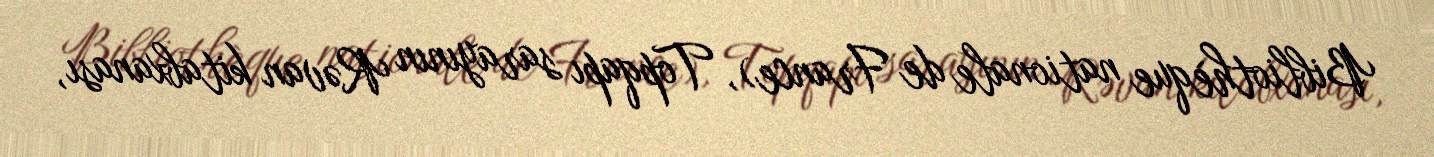
Bibliothèque nationale de France), Topqapı sarayının Rəvan kitabxanası,